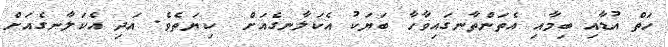
ހަތް އުޑާއި ބިމާއި އެތަންތާނގައިވާހާ ބަޔަކު އެކަލާނގެއަށް  ކިޔަތެވެ. އަދި އެކަލާނގެއަށް